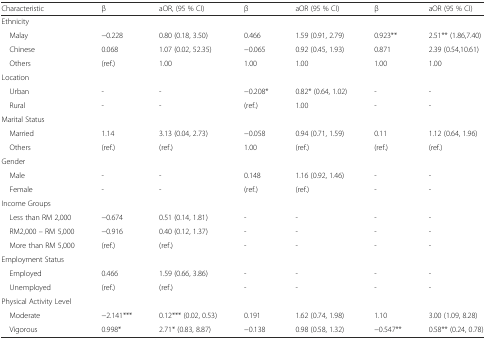
| Characteristic | β | aOR, (95 % CI) | β | aOR (95 % CI) | β | aOR (95 % CI) |
 | --- | --- | --- | --- | --- | --- | --- |
 | Ethnicity |  |  |  |  |  |  |
 | Malay | −0.228 | 0.80 (0.18, 3.50) | 0.466 | 1.59 (0.91, 2.79) | 0.923** | 2.51** (1.86,7.40) |
 | Chinese | 0.068 | 1.07 (0.02, 52.35) | −0.065 | 0.92 (0.45, 1.93) | 0.871 | 2.39 (0.54,10.61) |
 | Others | (ref.) | 1.00 | 1.00 | 1.00 | 1.00 | 1.00 |
 | Location |  |  |  |  |  |  |
 | Urban | - | - | −0.208* | 0.82* (0.64, 1.02) | - | - |
 | Rural | - | - | (ref.) | 1.00 | - | - |
 | Marital Status |  |  |  |  |  |  |
 | Married | 1.14 | 3.13 (0.04, 2.73) | −0.058 | 0.94 (0.71, 1.59) | 0.11 | 1.12 (0.64, 1.96) |
 | Others | (ref.) | (ref.) | 1.00 | (ref.) | (ref.) | (ref.) |
 | Gender |  |  |  |  |  |  |
 | Male | - | - | 0.148 | 1.16 (0.92, 1.46) | - | - |
 | Female | - | - | (ref.) | (ref.) | - | - |
 | Income Groups |  |  |  |  |  |  |
 | Less than RM 2,000 | −0.674 | 0.51 (0.14, 1.81) | - | - | - | - |
 | RM2,000 – RM 5,000 | −0.916 | 0.40 (0.12, 1.37) | - | - | - | - |
 | More than RM 5,000 | (ref.) | (ref.) | - | - | - | - |
 | Employment Status |  |  |  |  |  |  |
 | Employed | 0.466 | 1.59 (0.66, 3.86) | - | - | - | - |
 | Unemployed | (ref.) | (ref.) | - | - | - | - |
 | Physical Activity Level |  |  |  |  |  |  |
 | Moderate | −2.141*** | 0.12*** (0.02, 0.53) | 0.191 | 1.62 (0.74, 1.98) | 1.10 | 3.00 (1.09, 8.28) |
 | Vigorous | 0.998* | 2.71* (0.83, 8.87) | −0.138 | 0.98 (0.58, 1.32) | −0.547** | 0.58** (0.24, 0.78) |